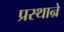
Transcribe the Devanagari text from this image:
प्रस्थान्रे